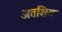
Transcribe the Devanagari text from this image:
अतशिय